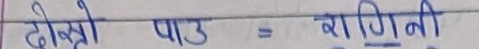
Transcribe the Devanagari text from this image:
दोस्रो पाठ = रागिनी